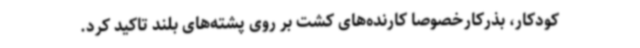
کودکار، بذرکارخصوصا کارنده‌های کشت بر روی پشته‌های بلند تاکید کرد.